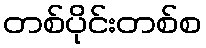
တစ်ပိုင်းတစ်စ